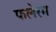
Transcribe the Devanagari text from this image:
फलेरम